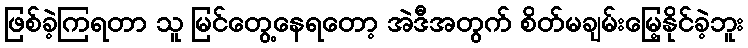
ဖြစ်ခဲ့ကြရတာ သူ မြင်တွေ့နေရတော့ အဲဒီအတွက် စိတ်မချမ်းမြေ့နိုင်ခဲ့ဘူး